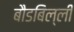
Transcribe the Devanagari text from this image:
बौडबिल्ली